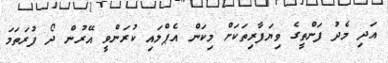
އަދި މެދު ފަންތީގެ ވިޔަފާރިތަކަށް މިކަން އެޕްލައި ކުރަންވީ އޭރުން ދޯ ފުރަތަމަ